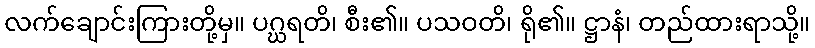
လက်ချောင်းကြားတို့မှ။ ပဂ္ဃရတိ၊ စီး၏။ ပသဝတိ၊ ရို၏။ ဋ္ဌာနံ၊ တည်ထားရာသို့။